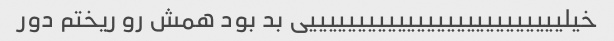
خیلییییییییییییییییییییییییییی بد بود همش رو ریختم دور